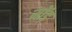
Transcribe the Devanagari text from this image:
मोंड़